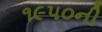
૧૯૫૦ની